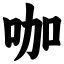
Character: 咖